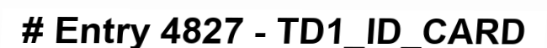
# Entry 4827 - TD1_ID_CARD